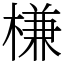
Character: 槏